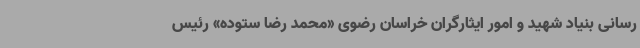
رسانی بنیاد شهید و امور ایثارگران خراسان رضوی «محمد رضا ستوده» رئیس